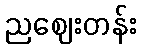
ညဈေးတန်း